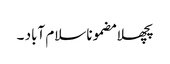
پچھلا مضموناسلام آباد ۔